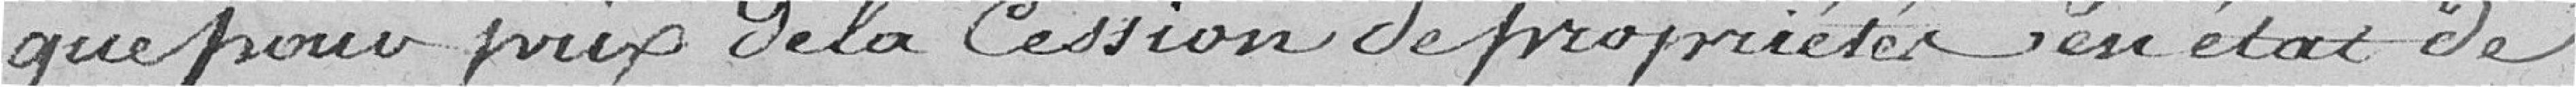
que pour prix de la cession de propriétés en état de